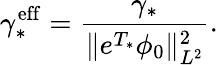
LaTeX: \gamma_{*}^{\mathrm{eff}}=\frac{\gamma_{*}}{\Vert e^{T_{*}}\phi_{0}\Vert_{L^{2}}^{2}}.